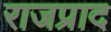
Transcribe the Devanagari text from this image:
राजप्राद